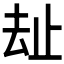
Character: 𱑤